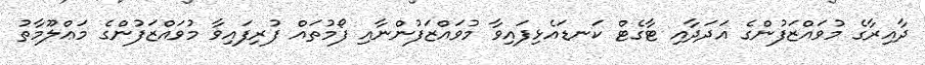
ދާއިރާގެ މުވައްޒަފުންގެ އަދަދާއި ޓާގެޓް ކަނޑައެޅިފައިވާ މުވައްޒަފުންނާއި ފޯމުތައް ފުރިފައިވާ މުވައްޒަފުންގެ މަޢްލޫމާތު